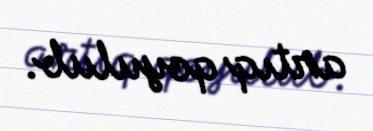
artıq qoyulub.